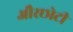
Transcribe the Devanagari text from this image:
औरछोटी